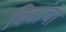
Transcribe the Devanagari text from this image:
बिबांचा